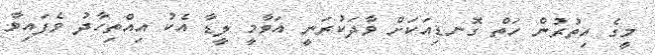
މީގެ އިތުރުން ހަތް ގޮނޑިއަކަށް ވާދަކުރަނީ އަވާމީ ލީޑާ އެކު އިއްތިހާދު ވެފައިވާ